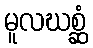
မူလဃစ္ဆံ